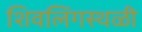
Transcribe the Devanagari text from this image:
शिवलिंगस्थळी